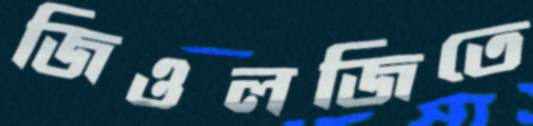
জিওলজিতে